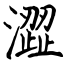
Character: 澀